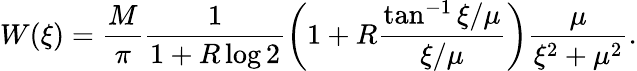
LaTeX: W(\xi)=\frac{M}{\pi}\frac{1}{1+R\log 2}\left(1+R\frac{\tan^{-1}\xi/\mu}{\xi/\mu}\right)\frac{\mu}{\xi^{2}+\mu^{2}}.